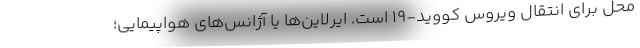
محل برای انتقال ویروس کووید-۱۹ است. ایرلاین‌ها یا آژانس‌های هواپیمایی؛